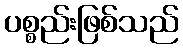
ပစ္စည်းဖြစ်သည်